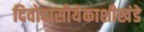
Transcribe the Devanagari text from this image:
दिवोदासीयेकाशीखंडे